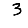
Digit: 3